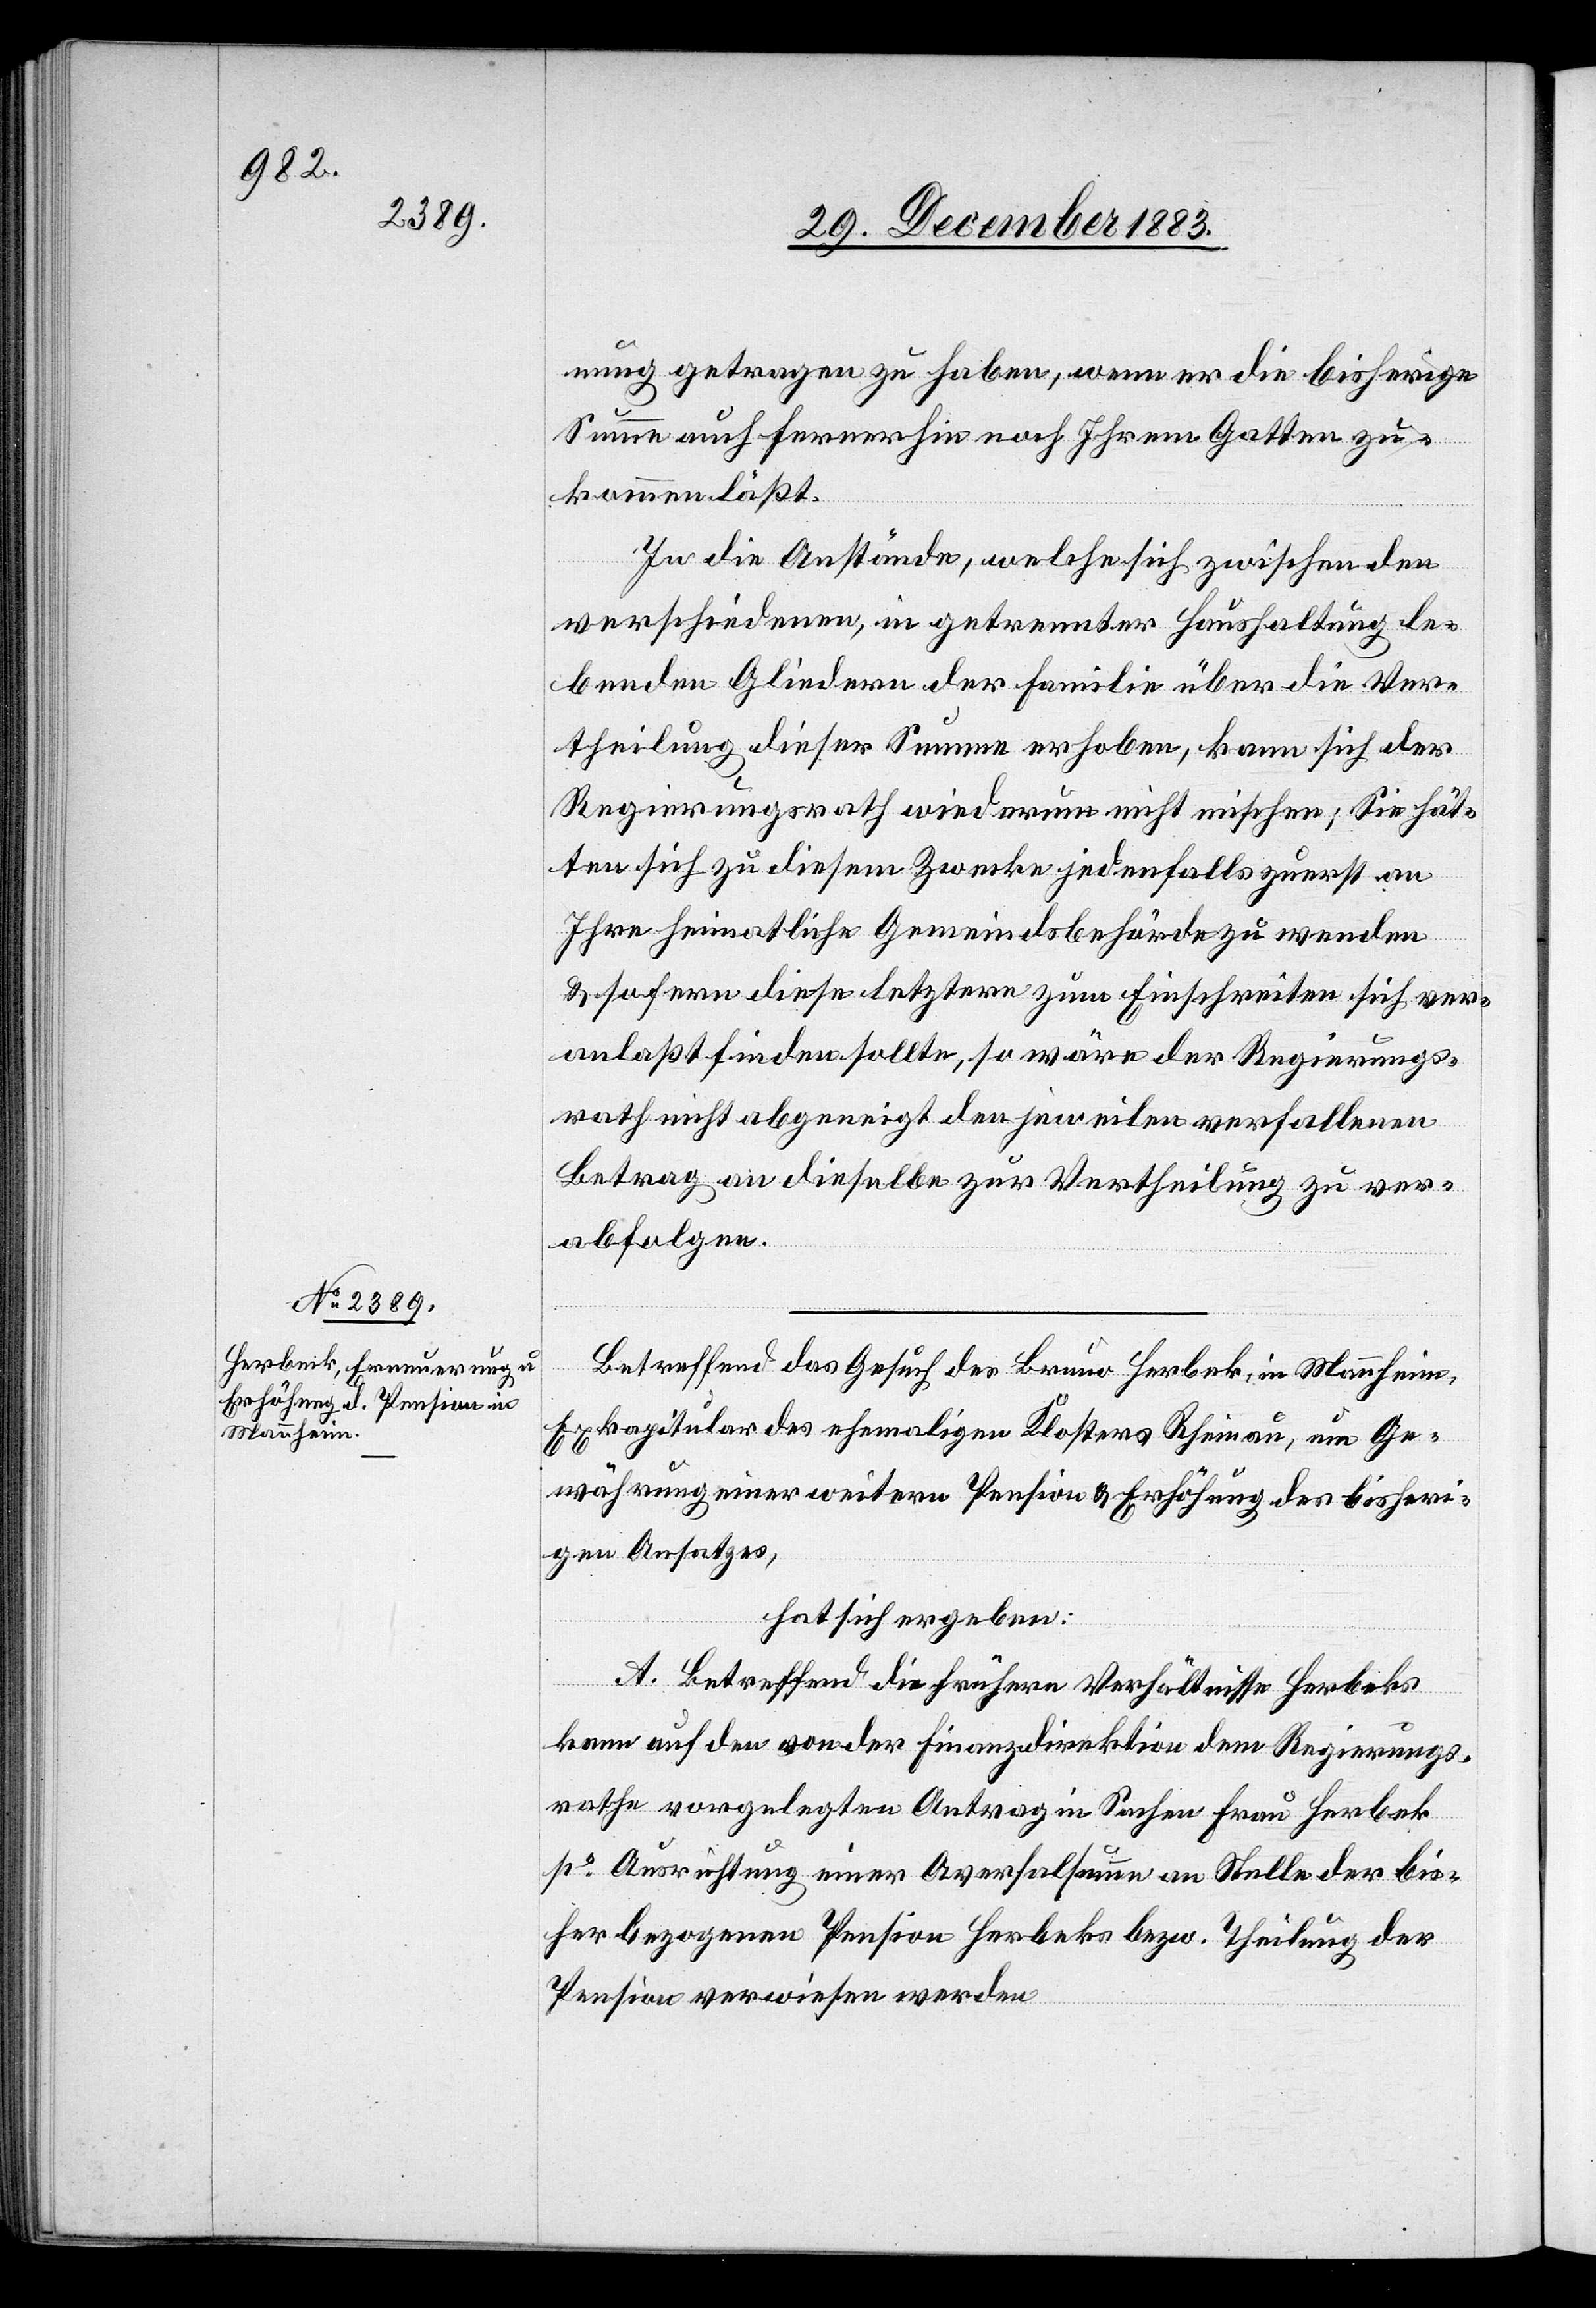
nung getragen zu haben, wenn er die bisherige
Summe auch fernerhin noch Ihrem Gatten zu¬
kommen läßt.
In die Anstände, welche sich zwischen den
verschiedenen, in getrennter Haushaltung le¬
benden Gliedern der Familie über die Ver¬
theilung dieser Summe erhoben, kann sich der
Regierungsrath wiederum nicht mischen; Sie hät¬
ten sich zu diesem Zwecke jedenfalls zuerst an
Ihre heimatliche Gemeindsbehörde zu wenden
& sofern diese letztere zum Einschreiten sich ver¬
anlaßt finden sollte, so wäre der Regierungs¬
rath nicht abgeneigt den jeweilen verfallenen
Betrag an dieselbe zur Vertheilung zu ver¬
abfolgen.
Betreffend das Gesuch des Bruno Herbek [sic!], in Mannheim,
Exkapitular des ehemaligen Klosters Rheinau, um Ge¬
währung einer weitern Pension & Erhöhung des bisheri¬
gen Ansatzes,
hat sich ergeben:
A. Betreffend die frühern Verhältnisse Herbeks
kann auf den von der Finanzdirektion dem Regierungs¬
rathe vorgelegten Antrag in Sachen Frau Herbek
po Ausrichtung einer Aversalsumme an Stelle der bis¬
her bezogenen Pension Herbeks bezw. Theilung der
Pension verwiesen werden.